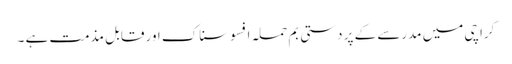
کراچی میں مدرسے کے پر دستی بم حملہ افسوسناک اور قابل مذمت ہے ۔